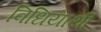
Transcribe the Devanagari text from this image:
विधियार्थी